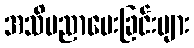
အသိပညာပေးခြင်းများ